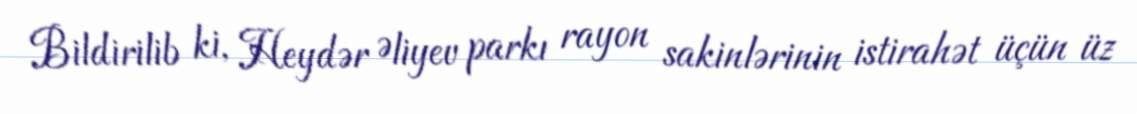
Bildirilib ki, Heydər Əliyev parkı rayon sakinlərinin istirahət üçün üz